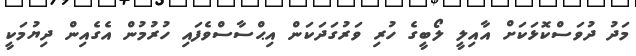
މަދު ދުވަސްކޮޅަކަށް އާއިލީ ލޯބީގެ ހުރި ވަރުގަދަކަން އިޙްސާސްވެފައި ހުރުމުން އެގެއިން ދިޔުމަކީ